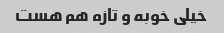
خیلی خوبه و تازه هم هست